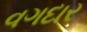
વગદાર